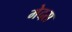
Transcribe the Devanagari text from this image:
मेदस